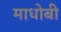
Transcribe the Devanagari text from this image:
माधोबी